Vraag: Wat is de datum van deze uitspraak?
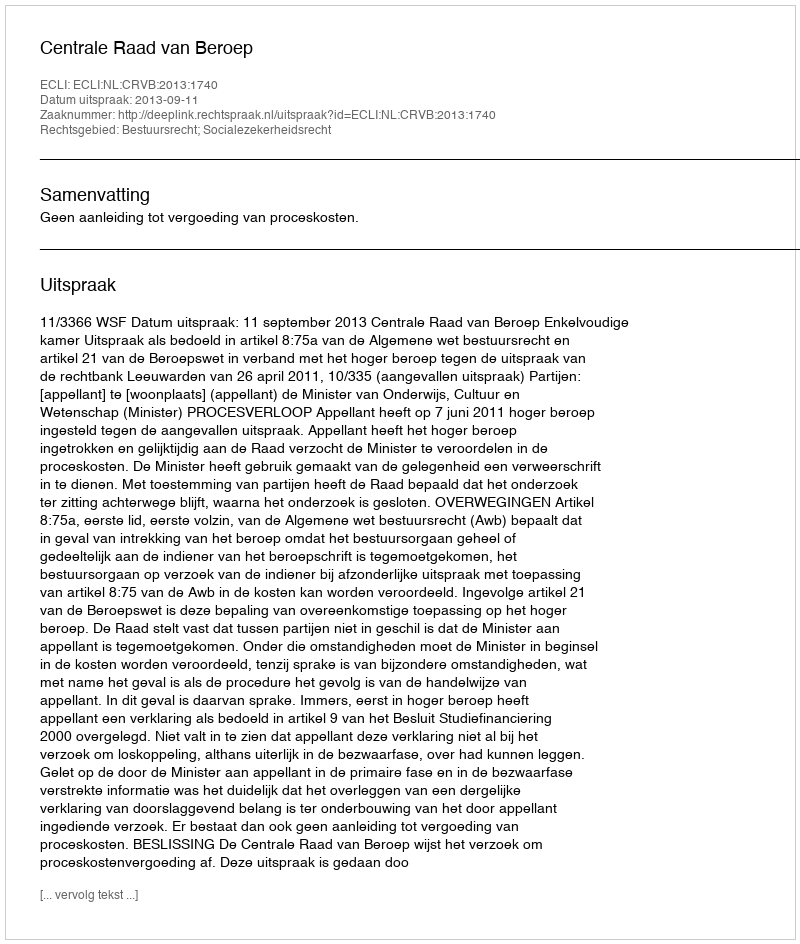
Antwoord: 2013-09-11